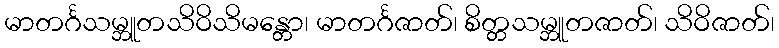
မာတင်္ဂသမ္ဘူတသိဝိသိမန္တော၊ မာတင်္ဂဇာတ်၊ စိတ္တသမ္ဘူတဇာတ်၊ သိဝိဇာတ်၊